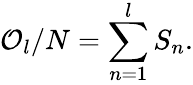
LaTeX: \mathcal{O}_{l}/N=\sum_{n=1}^{l}S_{n}.